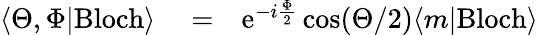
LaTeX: \begin{array}{rlr}{\langle\Theta,\Phi|\mathrm{Bloch}\rangle}&{{}=}&{\mathrm{e}^{-i\frac{\Phi}{2}}\cos(\Theta/2)\langle m|\mathrm{Bloch}\rangle}\end{array}